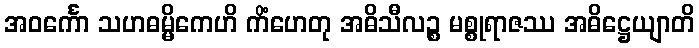
အဝင်္ကော သဟဓမ္မိကေဟိ ကိံဟေတု အဓိသီလဉ္စ မစ္စုရာဇဿ အဓိဋ္ဌေယျာတိ